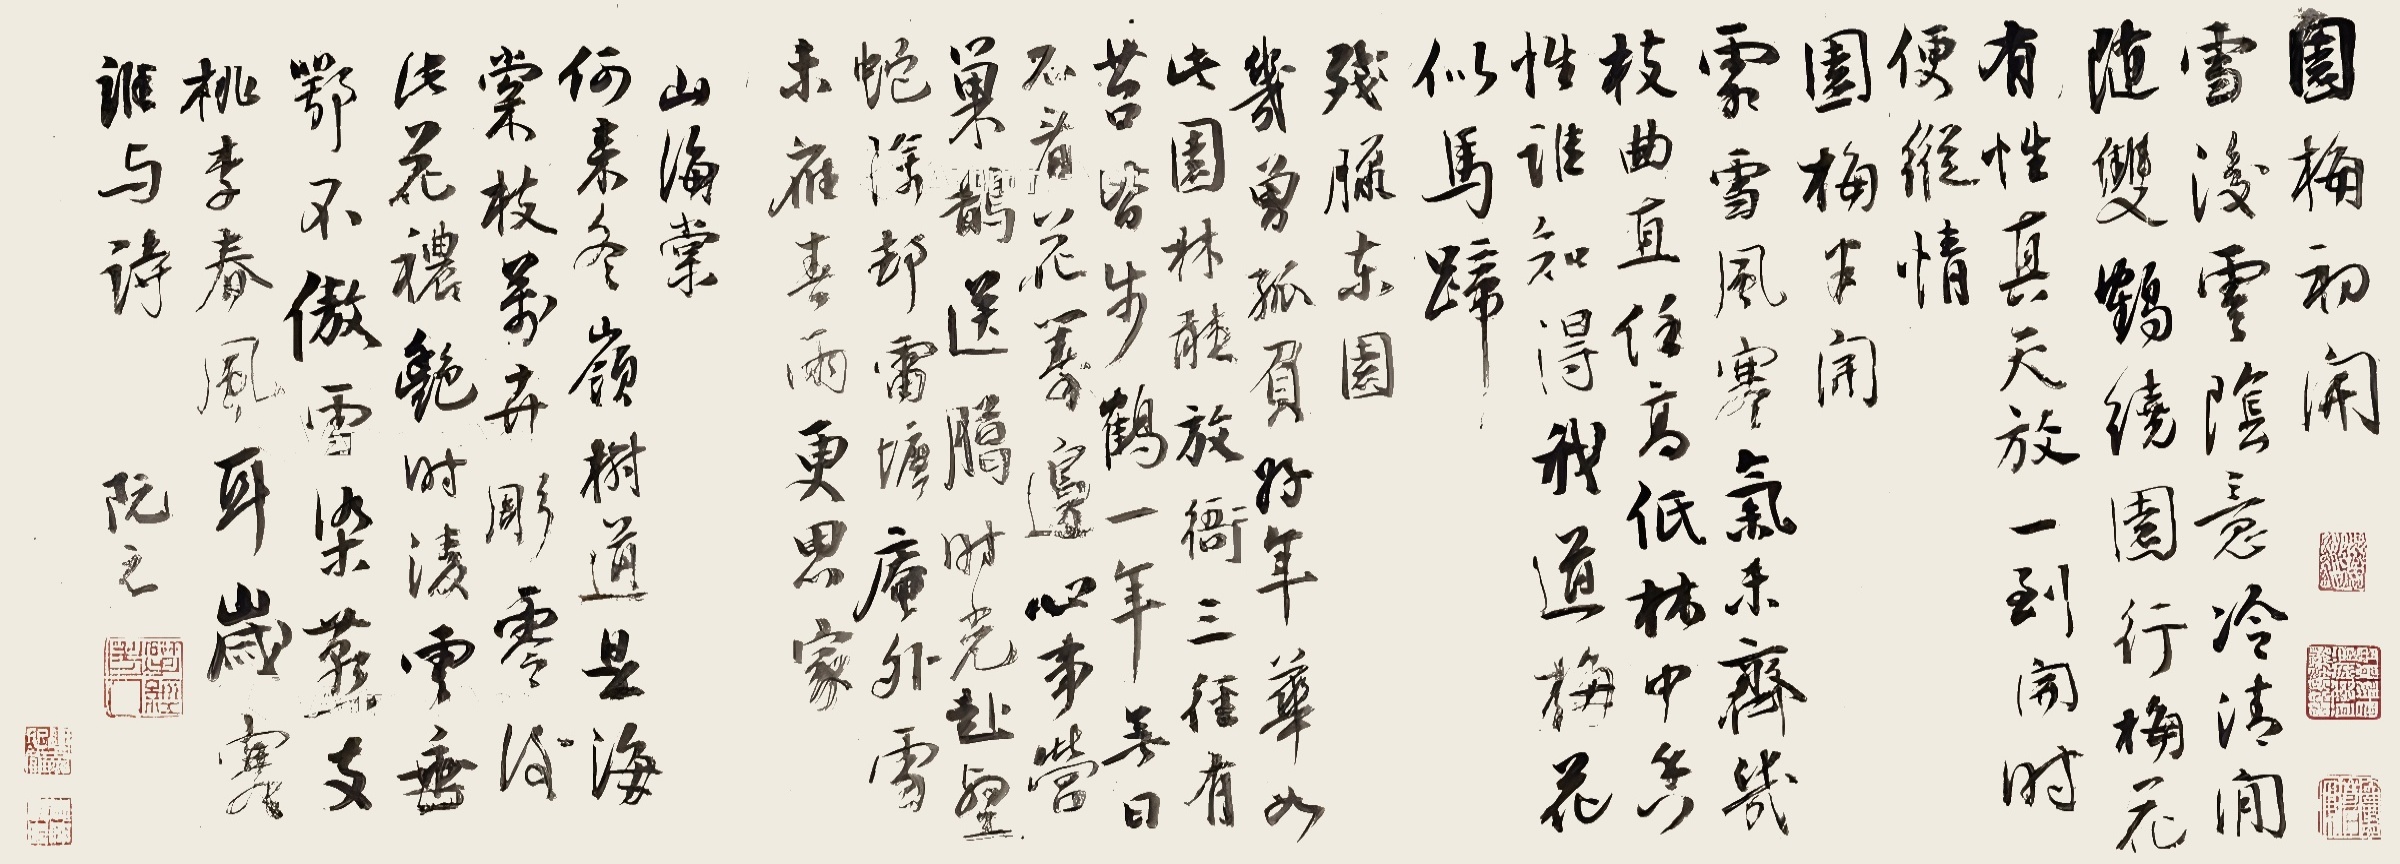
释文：1.园梅初开。雪后云阴意冷清，闲随双鹤绕园行。梅花有性真天放，一到开时便纵情。2.园梅半开。霜雪风寒气未齐，几枝曲直任高低。林中香性谁知得，我道梅花似马蹄。3.残腊东园。几曾孤负好年华，如此园林听放衙。三径有苔皆步鹤，一年无日不看花。筹边心事营巢鹊，送腊时光赴壑蛇。除却雷塘庵外雪，未应春雨更思家。4.山海棠。何来冬岭树，道是海棠枝。万卉凋零后，此花禯艳时。凌云垂鄂不，傲雪染燕支。桃李春风耳，岁寒谁与诗。阮元。